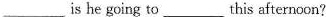
___is he going to___this afternoon?